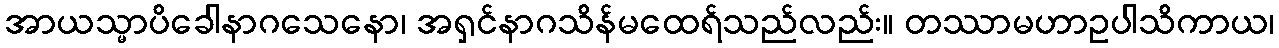
အာယသ္မာပိခေါနာဂသေနော၊ အရှင်နာဂသိန်မထေရ်သည်လည်း။ တဿာမဟာဥပါသိကာယ၊